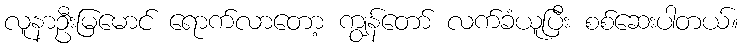
လူနာဦးမြမောင် ရောက်လာတော့ ကျွန်တော် လက်ခံယူပြီး စစ်ဆေးပါတယ်။